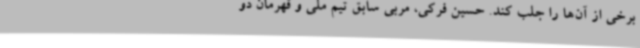
برخی از آن‌ها را جلب کند. حسین فرکی، مربی سابق تیم ملی و قهرمان دو